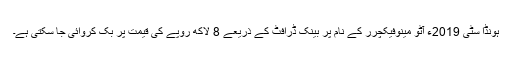
ہونڈا سٹی 2019ء آٹو مینوفیکچرر کے نام پر بینک ڈرافٹ کے ذریعے 8 لاکھ روپے کی قیمت پر بک کروائی جا سکتی ہے۔